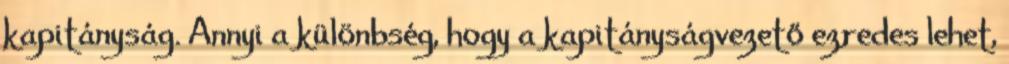
kapitányság. Annyi a különbség, hogy a kapitányságvezető ezredes lehet,